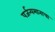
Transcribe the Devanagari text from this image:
पर्जन्यमानाचा